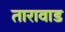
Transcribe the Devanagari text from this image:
तारावाड